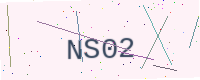
Text: NS02